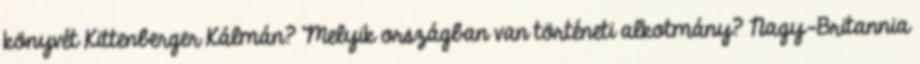
könyvét Kittenberger Kálmán? Melyik országban van történeti alkotmány? Nagy-Britannia